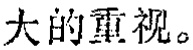
大的重视。